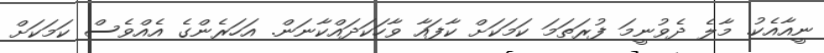
ނީއާއެކު. މާލެ ދެވުނީމަ ފުރަތަމަ ކަމަކަށް ކާފައާ ވާހަކަދައްކާނަން. އަހަރެންގެ އެއްވެސް ކަމަކަށް